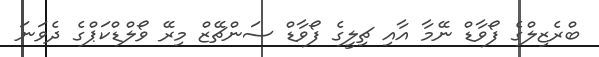
ބްރެޒިލްގެ ފޯވާޑް ނޭމާ އާއި ޗިލީގެ ފޯވާޑް ސަންޗޭޒް މިރޭ ވޯލްޑްކަޕްގެ ދެވަނަ